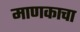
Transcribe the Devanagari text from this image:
माणकाचा